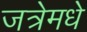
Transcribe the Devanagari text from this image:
जत्रेमधे